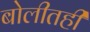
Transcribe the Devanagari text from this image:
बोलीतही